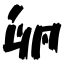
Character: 卵